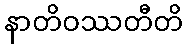
နာတိဝဿတီတိ